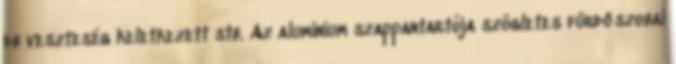
db veszteség keletkezett stb. Az alumínium szappantartója szögletes fürdőszobai